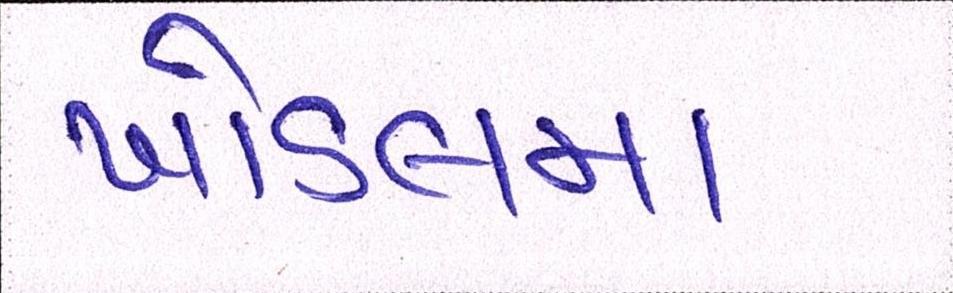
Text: ખોડલમા